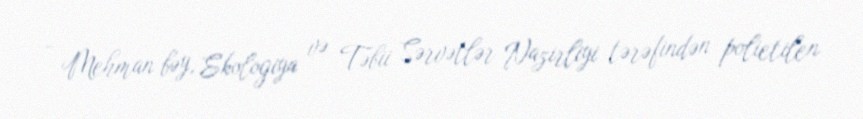
- Mehman bəy, Ekologiya və Təbii Sərvətlər Nazirliyi tərəfindən polietilen